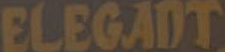
ELEGADT